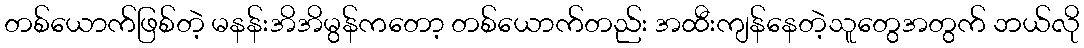
တစ်ယောက်ဖြစ်တဲ့ မနန်းအိအိမွန်ကတော့ တစ်ယောက်တည်း အထီးကျန်နေတဲ့သူတွေအတွက် ဘယ်လို